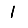
Digit: 1